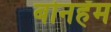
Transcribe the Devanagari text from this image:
बोनहॅम